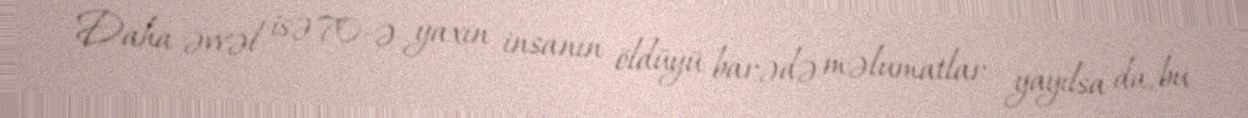
Daha əvvəl isə 70-ə yaxın insanın öldüyü barədə məlumatlar yayılsa da, bu